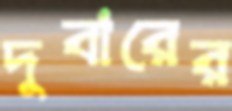
দুবারের